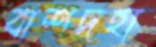
বাশদহা